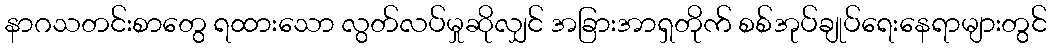
နာဂသတင်းစာတွေ ရထားသော လွတ်လပ်မှုဆိုလျှင် အခြားအာရှတိုက် စစ်အုပ်ချုပ်ရေးနေရာများတွင်